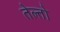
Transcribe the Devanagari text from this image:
तेल्तो